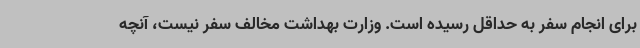
برای انجام سفر به حداقل رسیده است. وزارت بهداشت مخالف سفر نیست، آنچه